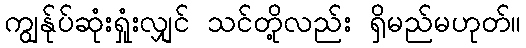
ကျွန်ုပ်ဆုံးရှုံးလျှင် သင်တို့လည်း ရှိမည်မဟုတ်။